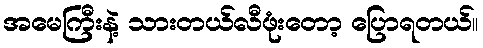
အမေကြီးနဲ့ သားတယ်လီဖုံးတော့ ပြောရတယ်။